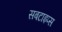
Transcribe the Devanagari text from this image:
सबटाइप्स